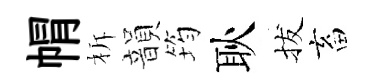
㡌柝韻筠耿拔畜